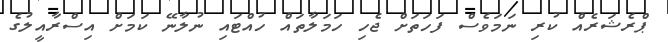
ޕްރެޝަރެއް ކުރި ނަމަވެސް ފަހަތަށް ޖެހި ހަމަލާތައް ހުއްޓައި ނުލާނޭ ކަމަށް އިސްރާއީލުގެ